Statistical return of the lunatic asylum in Assam - 1912-1932
Year: 1912
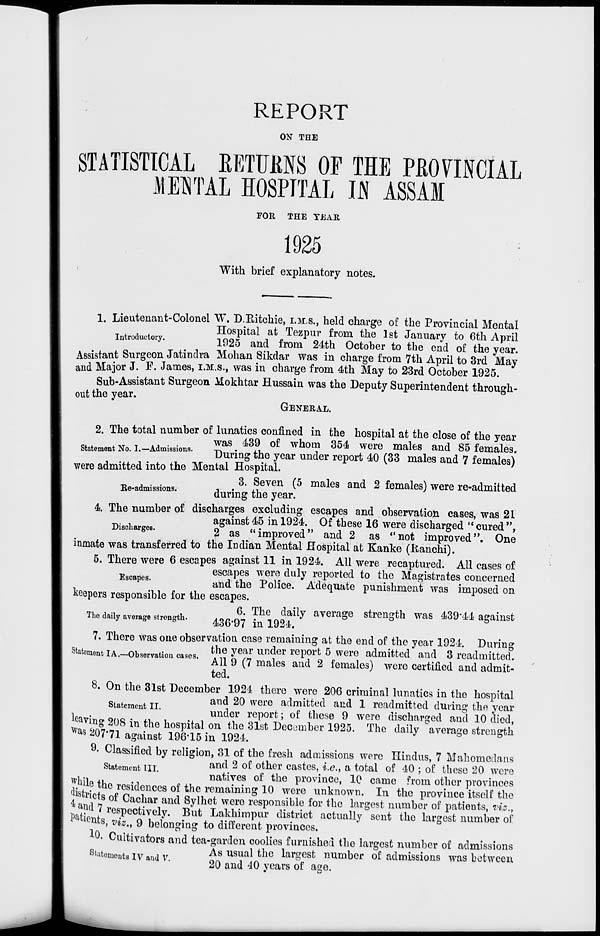
REPORT
ON THE
STATISTICAL BETTMS OF THE PROVINCIAL
JfBTSTAL HOSPITAL II ASSAI
FOR THE TEAR
1925
With brief explanatory notes.
1. Lieutenant-Colonel W. D.Kitchie, I.M.S., held charge of the Provincial Mental
Hospital at Tezpur from the 1st January to 6th April
Introductory.
1925
and
frQm
g^ 0ctober to the end Q f the year>
Assistant Surgeon Jatindra Mohan Sikdar was in charge from 7th April to 3rd May
and Major J. F. James, I.M.S., was in charge from 4th May to 23rd October 1925.
Sub-Assistant Surgeon Mokhtar Hussain was the Deputy Superintendent through-
out the year.
GENERAL.
2. The total number of lunatics confined in the hospital at the close of the year
was 439 of whom 354 were males and 85 females,
statement No. I.-Admissions.
xtateing the year under report 40 (33 males and 7 females)
were admitted into the Mental Hospital.
3. Seven (5 males and 2 females) were re-admitted
Ke-admissions.
dur j ng ^ ye^
4. The number of discharges excluding escapes and observation cases, was 21
against 45 in 1924. Of these 16 were discharged " cured ",
Discharges.
g as "improved" and 2 as "not improved". One
inmate was transferred to the Indian Mental Hospital at Kanke (Kanchi).
5. There were 6 escapes against 11 in 1924. All were recaptured. All cases of
escapes were duly reported to the Magistrates concerned
scapes '
and the Police. Adequate punishment was imposed on
keepers responsible for the escapes.
6. The daily average strength was 439*44 against
The daily average strength.
436'97 in 1924.
7. There was one observation case remaining at the end of the year 1924. During
Statflm fTA tn.
the year under report 5 were admitted and 3 readmitted.
ement "■A.—~L/os6rvation cases,
. <.-• *-. /».
-.
i ct p
1 \
J.'H i
i 1 »J_
All 9 (7 males and 2 females) were certified and admit-
ted.
8. On the 31st December 1921 there were 206 criminal lunatics in the hospital
g
and 20 were admitted and 1 readmitted during the year
under report; of these 9 were discharged and 10 died,
leaving 208 in the hospital on the 31st December 1925. The daily average strength
*as 207*71 against 196-15 in 1924.
9. Classified by religion, 31 of the fresh admissions were Hindus, 7 Mahomedans
statement ill
anc * ^ °^ °* ner castes, i.e., a total of 40 ; of these 20 were
,
natives of the province, 10 came from other provinces
flue the residences of the remaining 10 were unknown. In the province itself the
^istricts of Cachar and Sylhet were responsible for the largest number of patients, viz.,
and 7 respectively. But Lakhimpur district actually sent tho largest number of
P^ients, viz., 9 belonging to different provinces.
10- Cultivators and tea-garden coolies furnished the largest number of admissions
Stutemo t iv iv
• usua l * nc ^a r n es fc number of admissions was between
an
"
20 and 40 years of ase.